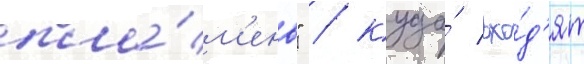
пла́м'ень" / куда́ вхо́д'ят